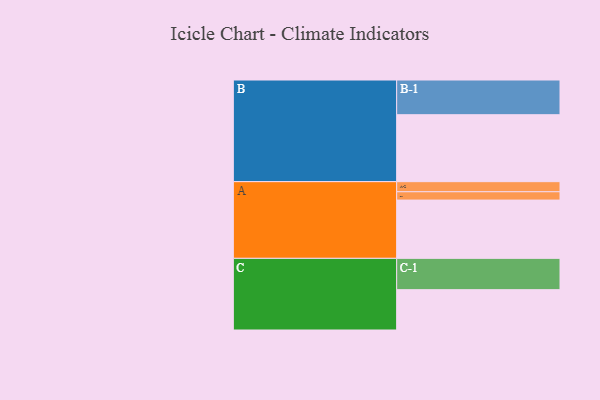
{"axis": {"x": "Segment", "y": "Value"}, "legend": ["", "A", "B", "C"], "data": [{"x": "A", "y": 497, "type": ""}, {"x": "B", "y": 571, "type": ""}, {"x": "C", "y": 344, "type": ""}, {"x": "A-1", "y": 71, "type": "A"}, {"x": "A-2", "y": 86, "type": "A"}, {"x": "B-1", "y": 296, "type": "B"}, {"x": "C-1", "y": 267, "type": "C"}]}